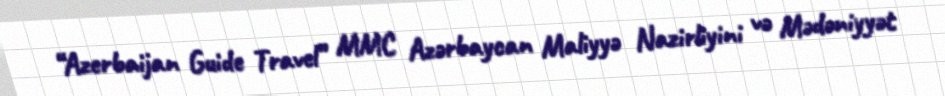
“Azerbaijan Guide Travel” MMC Azərbaycan Maliyyə Nazirliyini və Mədəniyyət